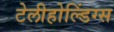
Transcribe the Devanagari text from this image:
टेलीहोल्डिंग्स